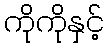
ကိုကိုနှင့်